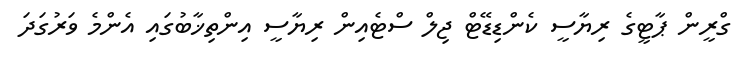
ގްރީން ޕާޓީގެ ރިޔާސީ ކެންޑިޑޭޓް ޖިލް ސްޓެއިން ރިޔާސީ އިންތިޚާބުގައި އެންމެ ވަރުގަދަ